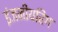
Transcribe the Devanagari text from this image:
इंजनीयरिंग